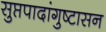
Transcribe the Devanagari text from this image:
सुप्तपादांगुष्टासन